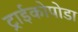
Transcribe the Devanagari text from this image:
ट्राईकोपोडा